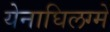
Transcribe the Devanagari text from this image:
येनाघिलग्मे